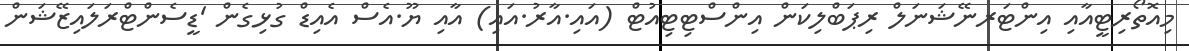
މިއޮތޯރިޓީއާއި އިންޓަރނޭޝަނަލް ރިޕަބްލިކަން އިންސްޓިޓިއުޓް (އައި.އާރު.އައި) އާއި ޔޫ.އެސް އެއިޑް ގުޅިގެން 'ޑީސެންޓްރަލައިޒޭޝަން